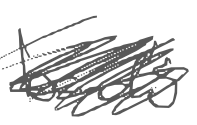
Text: band's
Cross-out: scratch
Writing tool: digital_gray